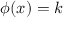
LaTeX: \phi ( x ) = k